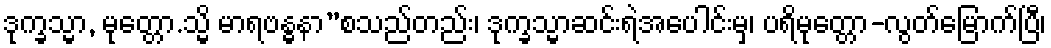
ဒုက္ခသ္မာ, မုတ္တော.သ္မိ မာရဗန္ဓနာ”စသည်တည်း၊ ဒုက္ခသ္မာဆင်းရဲအပေါင်းမှ၊ ပရိမုတ္တော-လွတ်မြောက်ပြီ၊